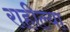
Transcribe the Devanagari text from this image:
राहील्या